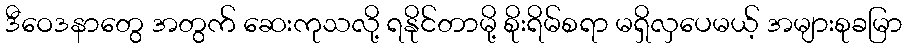
ဒီဝေဒနာတွေ အတွက် ဆေးကုသလို့ ရနိုင်တာမို့ စိုးရိမ်စရာ မရှိလှပေမယ့် အများစုခမြာ